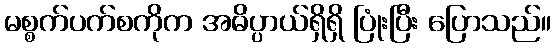
မစ္စက်ပက်စကိုက အဓိပ္ပာယ်ရှိရှိ ပြုံးပြီး ပြောသည်။